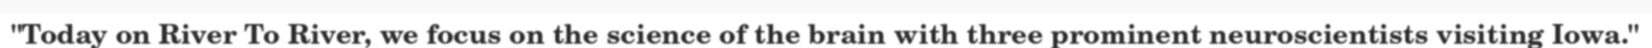
"Today on River To River, we focus on the science of the brain with three prominent neuroscientists visiting Iowa."